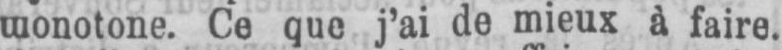
Ce que j’ai de mieux à faire.